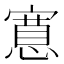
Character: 𭔗